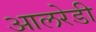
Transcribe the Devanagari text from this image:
आलरेडी